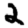
Digit: 2